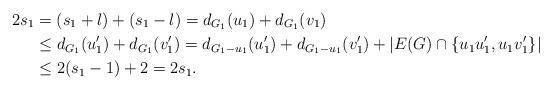
LaTeX: \begin{align*}2s_{1} &= (s_{1} + l) + (s_{1} - l) = d_{G_{1}}(u_{1}) + d_{G_{1}}(v_{1}) \\& \le d_{G_{1}}(u_{1}') + d_{G_{1}}(v_{1}') = d_{G_{1}-u_{1}}(u_{1}') + d_{G_{1}-u_{1}}(v_{1}') + |E(G) \cap \{u_{1}u_{1}', u_{1}v_{1}'\}| \\&\le 2(s_{1} - 1) + 2 = 2s_{1}. \end{align*}